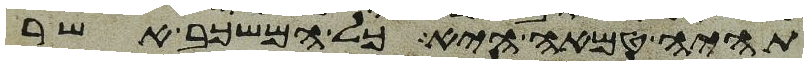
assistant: תהיה טמאה היא כל המשכב אשר